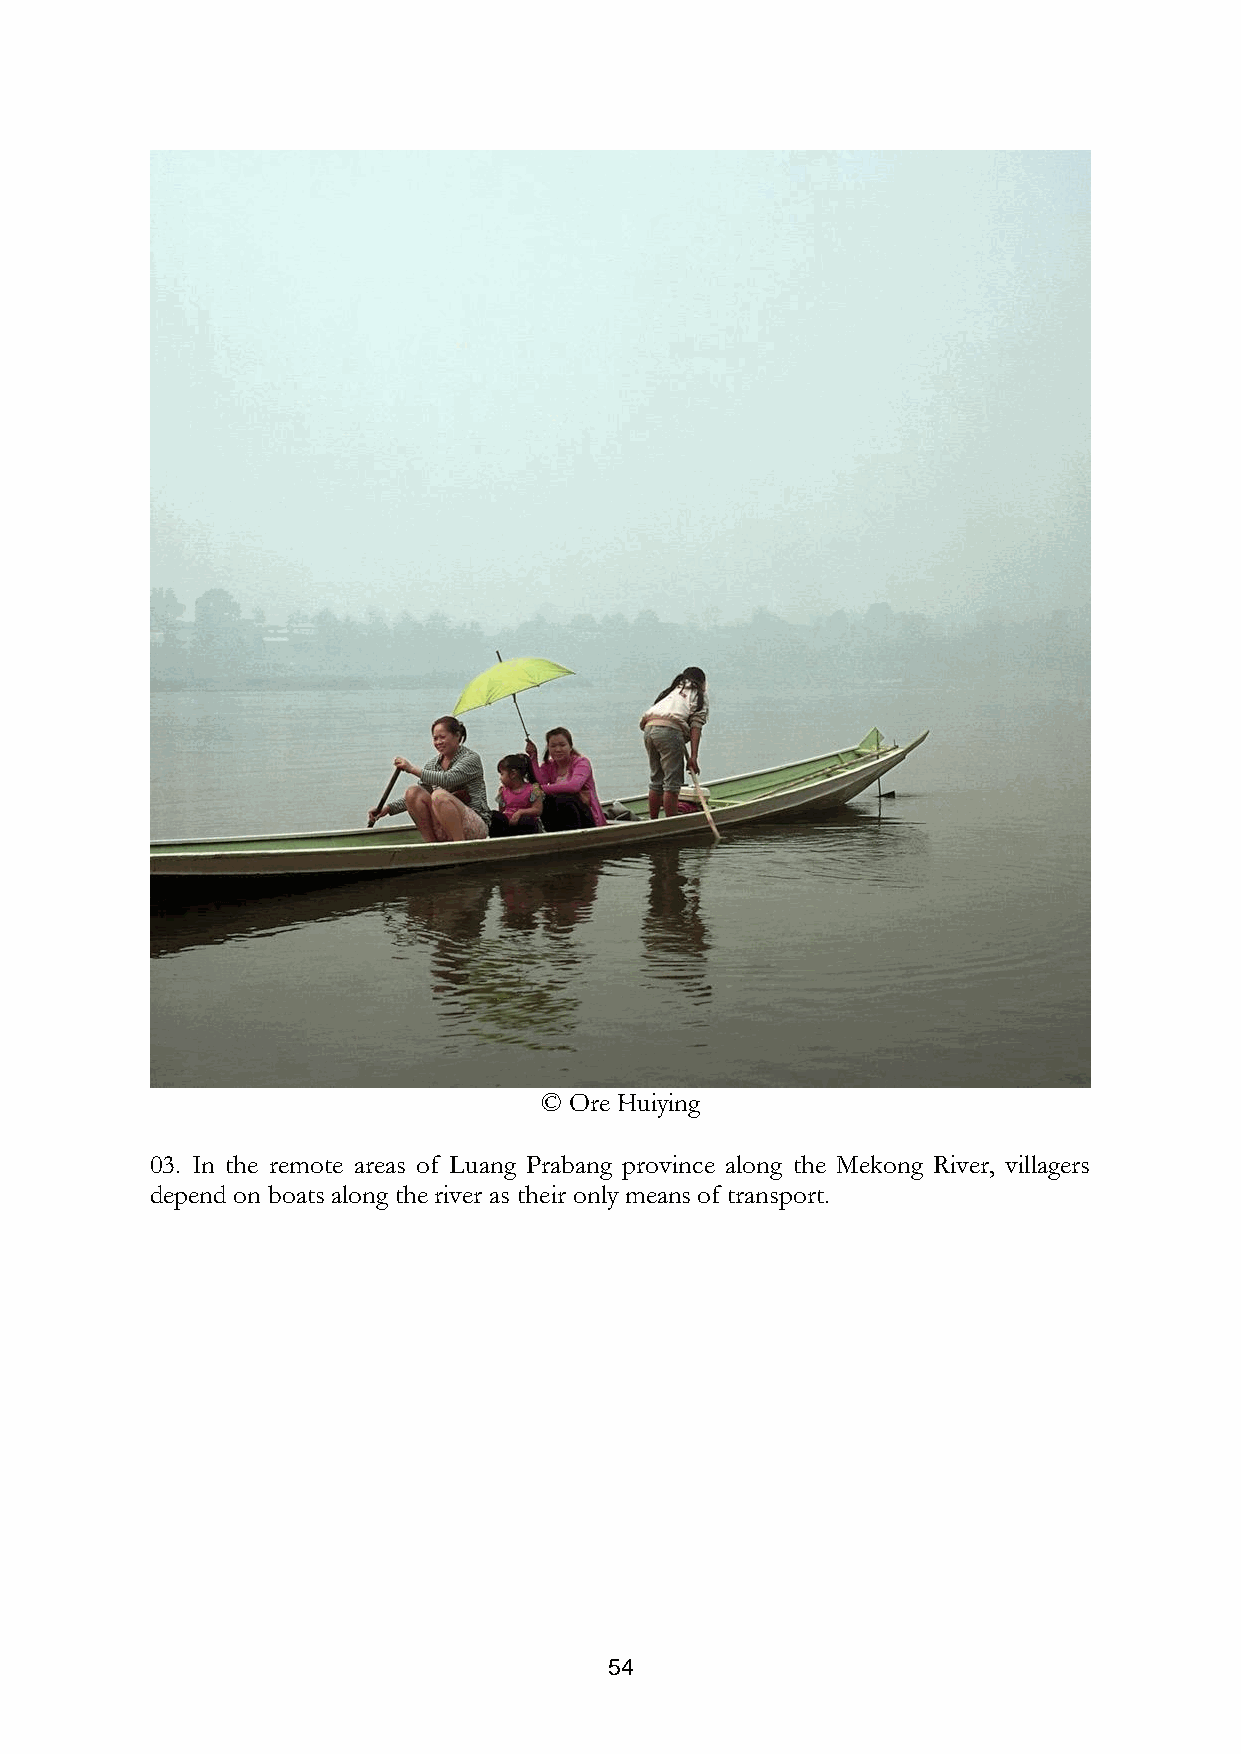
© Ore Huiying
 03. In the remote areas of Luang Prabang province along the Mekong River, villagers
 depend on boats along the river as their only means of transport.
 54